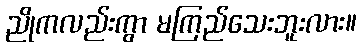
ညိုကလည်းကွာ မကြည်သေးဘူးလား။